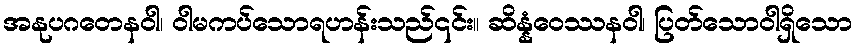
အနုပဂတေနဝါ၊ ဝါမကပ်သောရဟန်းသည်၎င်း။ ဆိန္နံဝေဿနဝါ၊ ပြတ်သောဝါရှိသော